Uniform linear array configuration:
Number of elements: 4
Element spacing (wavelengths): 1
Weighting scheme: hann
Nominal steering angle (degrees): -45
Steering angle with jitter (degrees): -46.183
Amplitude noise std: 0.05
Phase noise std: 0.05

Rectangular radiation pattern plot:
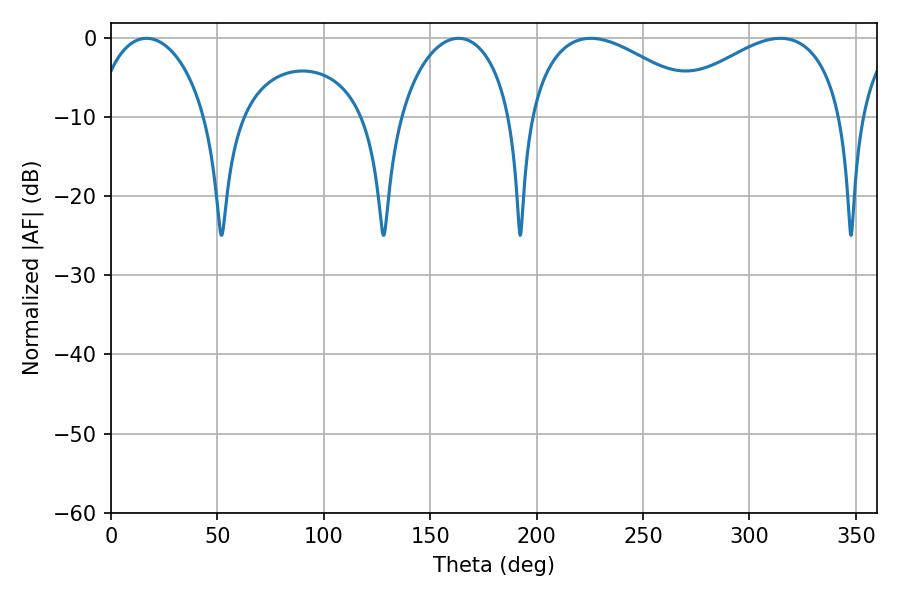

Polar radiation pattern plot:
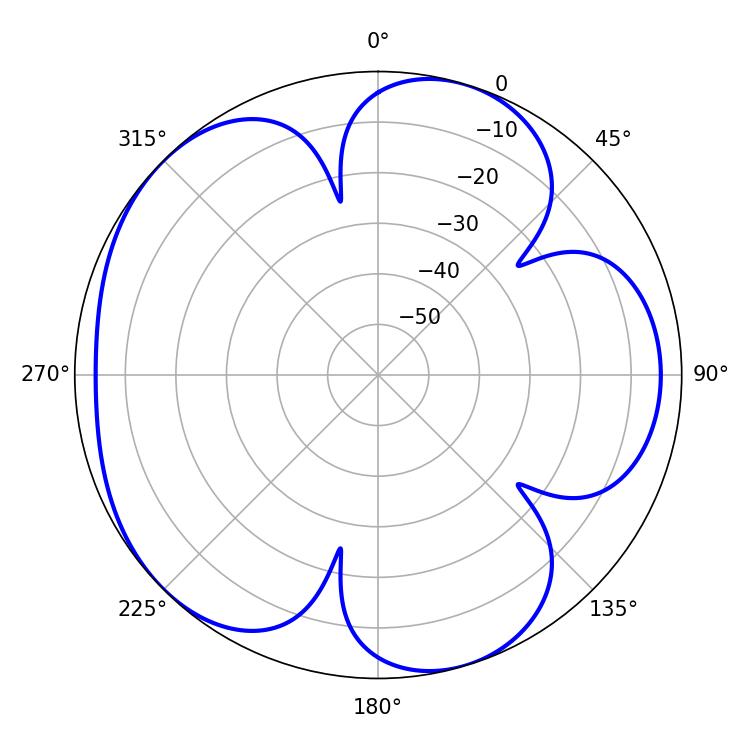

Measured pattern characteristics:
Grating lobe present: TRUE
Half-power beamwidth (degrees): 30.24
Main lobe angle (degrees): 16.74